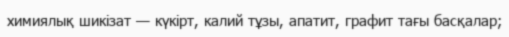
химиялық шикізат — күкірт, калий тұзы, апатит, графит тағы басқалар;